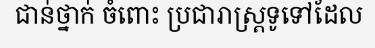
ជាន់ថ្នាក់ ចំពោះ ប្រជារាស្ត្រទូទៅដែល